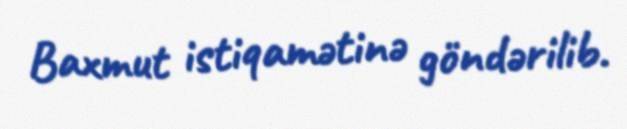
Baxmut istiqamətinə göndərilib.